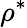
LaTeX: \rho^{*}